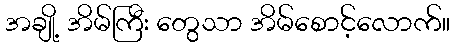
အချို့ အိမ်ကြီး တွေသာ အိမ်စောင့်လောက်။